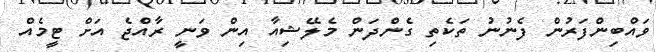
ވައްބިންފަރުން ފެނުނު ތަކެތި ގެންދަން މެލޭޝިއާ އިން ވަނީ ރާއްޖެ އަށް ޓީމެއް